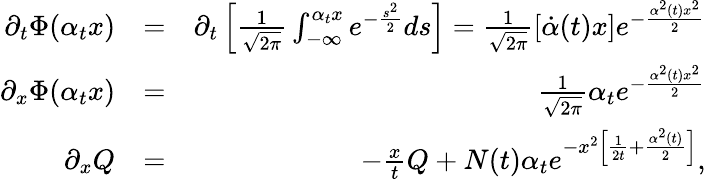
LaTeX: \begin{array}{rlr}{\partial_{t}\Phi(\alpha_{t}x)}&{=}&{\partial_{t}\left[\frac{1}{\sqrt{2\pi}}\int_{-\infty}^{\alpha_{t}x}e^{-\frac{s^{2}}{2}}ds\right]=\frac{1}{\sqrt{2\pi}}\left[\dot{\alpha}(t)x\right]e^{-\frac{\alpha^{2}(t)x^{2}}{2}}}\\ {\partial_{x}\Phi(\alpha_{t}x)}&{=}&{\frac{1}{\sqrt{2\pi}}\alpha_{t}e^{-\frac{\alpha^{2}(t)x^{2}}{2}}}\\ {\partial_{x}Q}&{=}&{-\frac{x}{t}Q+N(t)\alpha_{t}e^{-x^{2}\left[\frac{1}{2t}+\frac{\alpha^{2}(t)}{2}\right]},}\end{array}